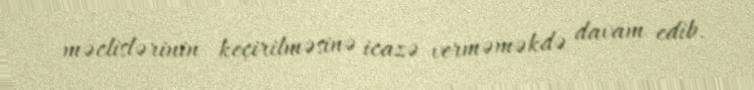
məclislərinin keçirilməsinə icazə verməməkdə davam edib.